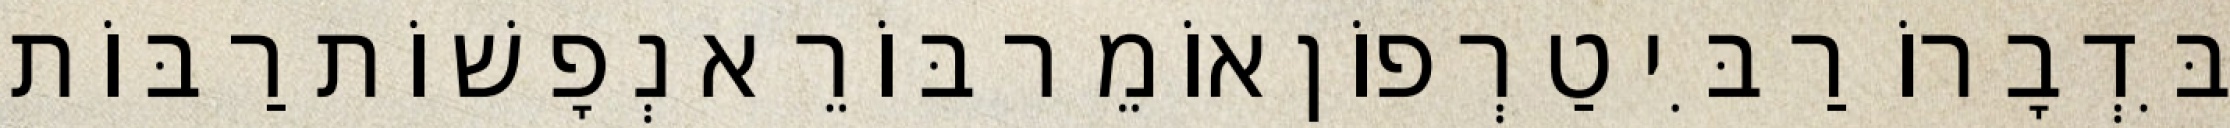
בִּדְבָרוֹ רַבִּי טַרְפוֹן אוֹמֵר בּוֹרֵא נְפָשׁוֹת רַבּוֹת